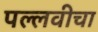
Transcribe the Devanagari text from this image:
पल्लवीचा